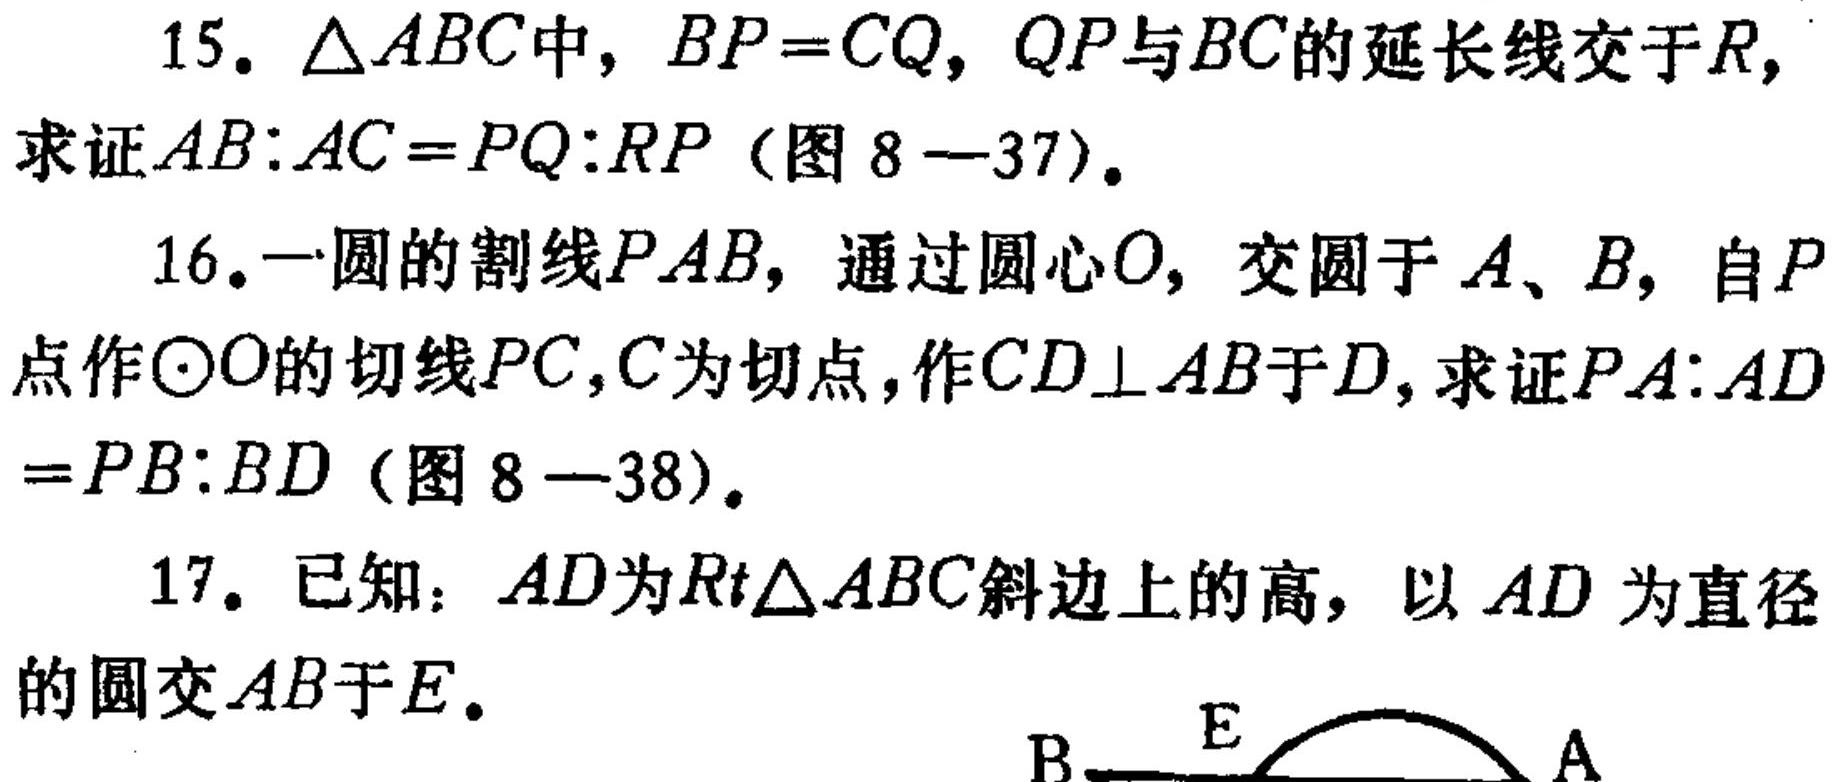
15. \(\triangle ABC\)中，\(BP = CQ\)，\(QP\)与\(BC\)的延长线交于\(R\)，
求证\(AB:AC = PQ:RP\)（图8—37）。
16. 一圆的割线\(PAB\)，通过圆心\(O\)，交圆于\(A\)、\(B\)，自\(P\)
点作\(\odot O\)的切线\(PC\)，\(C\)为切点，作\(CD\perp AB\)于\(D\)，求证\(PA:AD\)
\(= PB:BD\)（图8—38）。
17. 已知：\(AD\)为\(Rt\triangle ABC\)斜边上的高，以\(AD\)为直径
的圆交\(AB\)于\(E\)。
\begin{center}
\begin{tikzpicture}[scale=0.8]
\draw (-1,0) -- (3,0) node[right] {\(A\)} node[left] {\(B\)};
\draw (0.5,0) arc (0:180:0.5) node[midway,above] {\(E\)};
\end{tikzpicture}
\end{center}